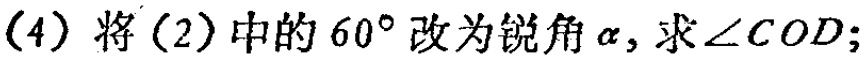
(4) 将(2)中的 \(60^{\circ}\) 改为锐角 \(\alpha\)，求 \(\angle COD\)；